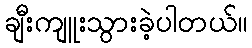
ချီးကျူးသွားခဲ့ပါတယ်။